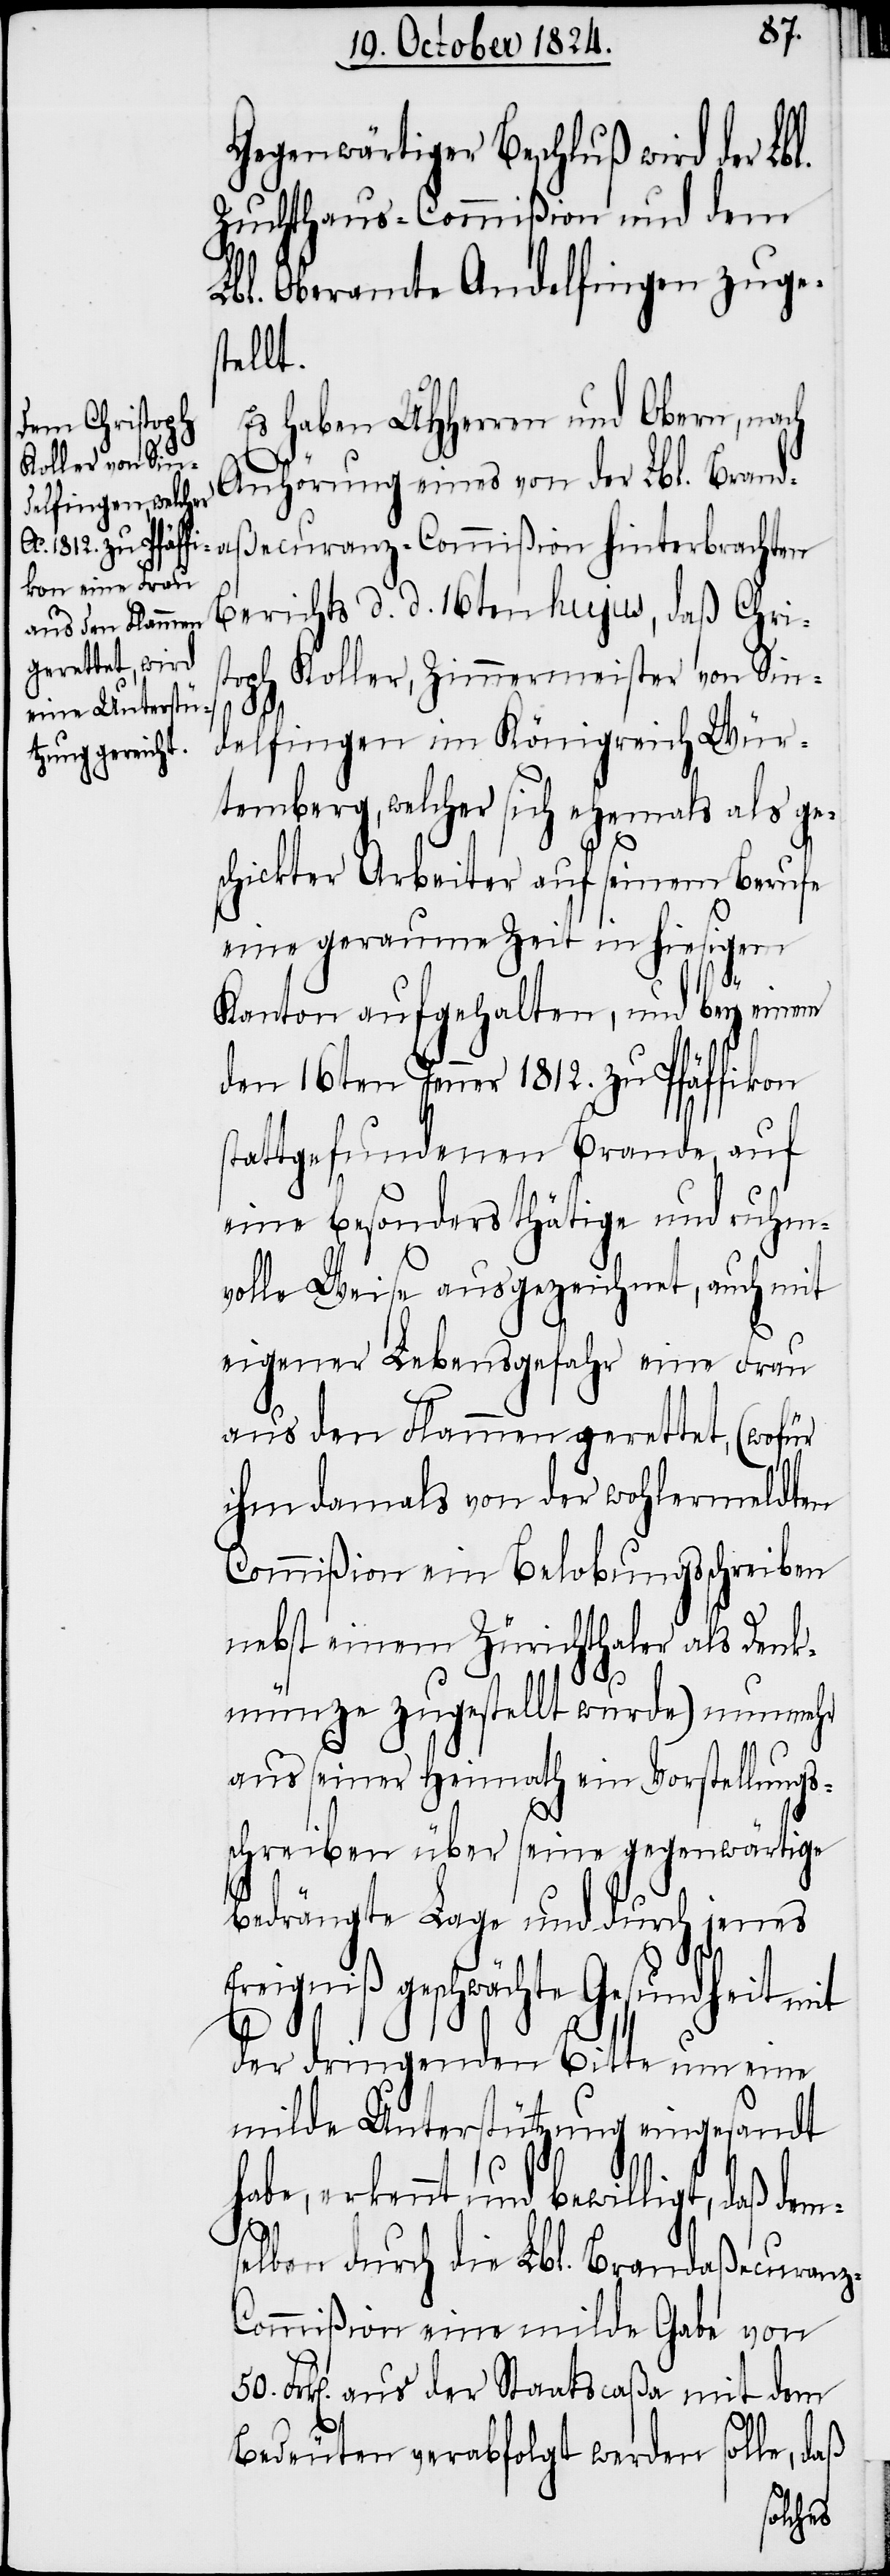
Gegenwärtiger Beschluß wird der Lbl.
Zuchthaus-Commißion und dem
Lbl. Oberamte Andelfingen zuge¬
stellt.
Es haben UHHerren und Obern, nach
Anhörung eines von der Lbl. Branda¬
ßecuranz-Commißion hinterbrachten
Berichts d. d. 16ten hujus, daß Chris¬
toph Koller, Zimmermeister von Sin¬
delfingen im Königreich Wür¬
temberg, welcher sich ehemals als ge¬
schickter Arbeiter auf seinem Berufe
eine geraume Zeit in hiesigem
Kanton aufgehalten, und bey einem
den 16ten Jenner 1812. zu Pfäffikon
stattgefundenen Brande, auf
eine besonders thätige und ruhm¬
volle Weise ausgezeichnet, auch mit
eigener Lebensgefahr eine Frau
aus den Flammen gerettet, (wofür
ihm damals von der wohlermeldten
Commißion ein Belobungsschreiben
nebst einem Zürichthaler als Dank¬
münze zugestellt wurde) nunmehr
aus seiner Heimath ein Vorstellungs¬
schreiben über seine gegenwärtige
bedrängte Lage und durch jenes
Ereigniß geschwächte Gesundheit mit
der dringenden Bitte um eine
milde Unterstützung eingesandt
habe, erkennt und bewilligt, daß dem¬
selben durch die Lbl. Brandaßecuranz-C¬
ommißion eine milde Gabe von
Frk[en]. aus der Staatscaßa mit dem
50.
Bedeuten verabfolgt werden solle, daß